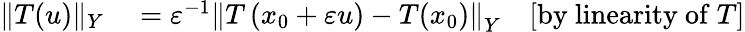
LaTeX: \begin{array}{rlr}{\| T(u)\| _{Y}}&{{}=\varepsilon^{-1}\left\| T\left(x_{0}+\varepsilon u\right)-T(x_{0})\right\| _{Y}}&{[{\mathrm{by~linearity~of~}}T]}\end{array}